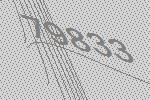
79833